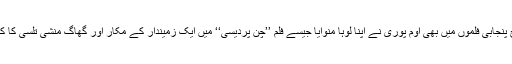
اسی طرح پنجابی فلموں میں بھی اوم پوری نے اپنا لوہا منوایا جیسے فلم ’’چن پردیسی‘‘ میں ایک زمیندار کے مکار اور گھاگ منشی تلسی کا کردا رتھا ۔